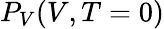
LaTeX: P_{V}(V,T=0)